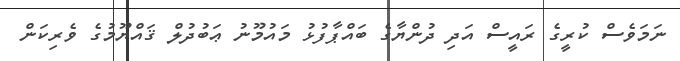
ނަމަވެސް ކުރީގެ ރައީސް އަދި ދުންޔާގެ ބައްޕާފުޅު މައުމޫނު ޢަބުދުލް ޤައްޔޫމުގެ ވެރިކަން